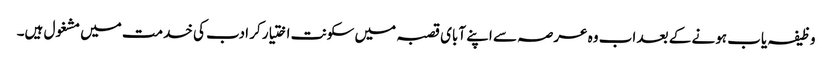
وظیفہ یاب ہونے کے بعد اب وہ عرصہ سے اپنے آبای قصبہ میں سکونت اختیار کر ادب کی خدمت میں مشغول ہیں۔